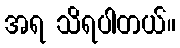
အရ သိရပါတယ်။